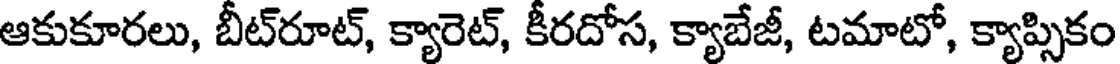
ఆకుకూరలు, బీట్రూట్, క్యారెట్, కీరదోస, క్యాబేజీ, టమాటో, క్యాప్సికం